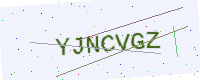
Text: YJNCVGZ